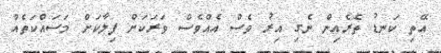
އޭތި ކަނޑު ތެރެއިން ނެގި އިރު ވެސް އެއްވެސް ވަރަކަށް ފިލާކަށް މަސައްކަތެއް